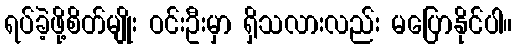
ရပ်ခဲ့ဖို့စိတ်မျိုး ဝင်းဦးမှာ ရှိသလားလည်း မပြောနိုင်ပါ။